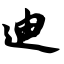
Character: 迪